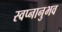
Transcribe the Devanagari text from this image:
स्वप्नानुभव